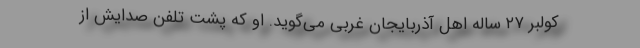
کولبر ۲۷ ساله اهل آذربایجان غربی می‌گوید. او که پشت تلفن صدایش از